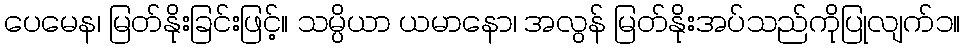
ပေမေန၊ မြတ်နိုးခြင်းဖြင့်။ သမ္ပိယာ ယမာနော၊ အလွန် မြတ်နိုးအပ်သည်ကိုပြုလျက်၁။